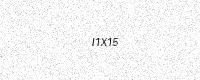
Text: I1X15